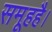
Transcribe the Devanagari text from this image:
समूहहै।